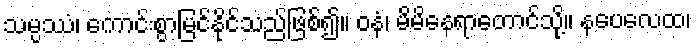
သမ္ပဿံ၊ ကောင်းစွာမြင်နိုင်သည်ဖြစ်၍။ ဝနံ၊ မိမိနေရာတောင်သို့။ နပေလေထ၊